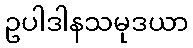
ဥပါဒါနသမုဒယာ